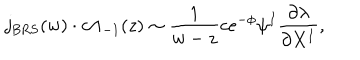
LaTeX: j _ { \mathrm { B R S } } ( w ) \cdot c \Lambda _ { - 1 } ( z ) \sim \frac { 1 } { w - z } c e ^ { - \phi } \psi ^ { I } \frac { \partial \lambda } { \partial X ^ { I } } ,